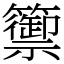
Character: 籞